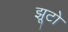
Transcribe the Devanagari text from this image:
झूटो